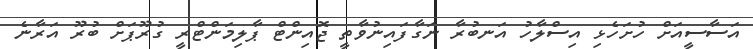
އަސާސީއަށް ހުށަހެޅި އިސްލާހު އަނބުރާ ނަގާފައިނުވާތީ ޖޮއިންޓް ޕާލިމަންޓްރީ ގުރޫޕަށް ބުރޫ އަރާނެ